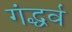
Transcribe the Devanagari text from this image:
गंद्धर्व